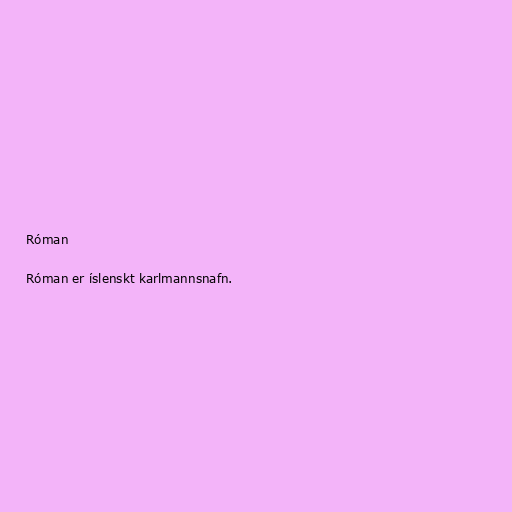
Róman

Róman er íslenskt karlmannsnafn.